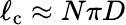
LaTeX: \ell_{\mathrm{c}}\approx N\pi D